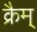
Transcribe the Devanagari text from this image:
क्रैम्